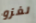
لغزو